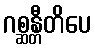
ဂစ္ဆန္တီတိပေ